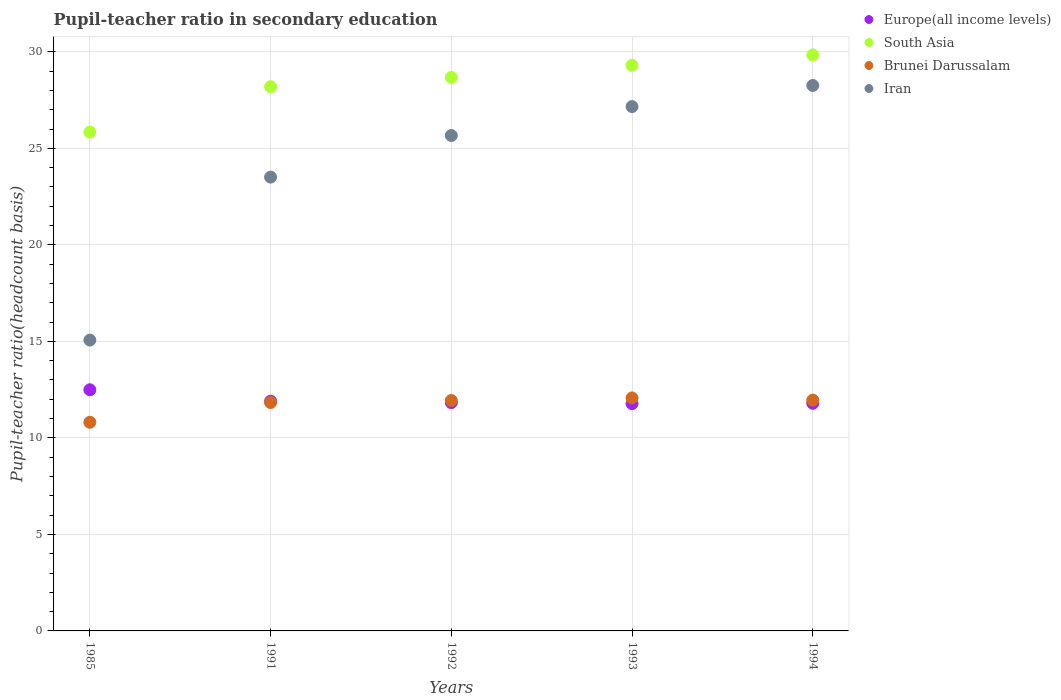
| Years | Europe(all income levels) | South Asia | Brunei Darussalam | Iran |
 | --- | --- | --- | --- | --- |
 | 1985 | 12.5 | 25.8 | 10.8 | 15.1 |
 | 1991 | 11.9 | 28.2 | 11.8 | 23.5 |
 | 1992 | 11.8 | 28.7 | 11.9 | 25.7 |
 | 1993 | 11.8 | 29.3 | 12.1 | 27.2 |
 | 1994 | 11.8 | 29.8 | 12 | 28.3 |